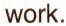
work.